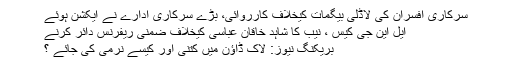
سرکاری افسران کی لاڈلی بیگمات کیخلاف کارروائی، بڑے سرکاری ادارے نے ایکشن ہوئے
ایل این جی کیس ، نیب کا شاہد خاقان عباسی کیخلاف ضمنی ریفرنس دائر کرنے
بریکنگ نیوز: لاک ڈاؤن میں کتنی اور کیسے نرمی کی جائے ؟